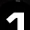
Digit: 1